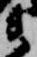
衛